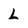
Character: L